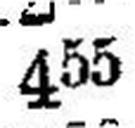
455